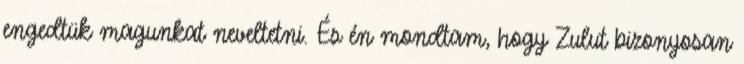
engedtük magunkat neveltetni. És én mondtam, hogy Zulut bizonyosan